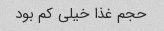
حجم غذا خیلی کم بود